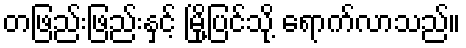
တဖြည်းဖြည်းနှင့် မြို့ပြင်သို့ ရောက်လာသည်။